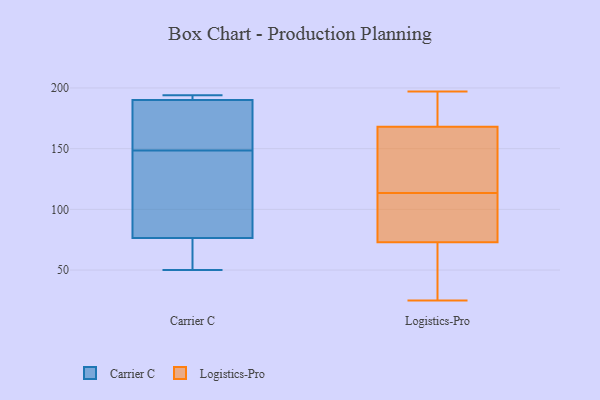
{"axis": {"x": "Tickets Resolved", "y": "Value"}, "legend": ["Carrier C", "Logistics-Pro"], "data": [{"x": "", "y": 74, "type": "Carrier C"}, {"x": "", "y": 50, "type": "Carrier C"}, {"x": "", "y": 190, "type": "Carrier C"}, {"x": "", "y": 193, "type": "Carrier C"}, {"x": "", "y": 194, "type": "Carrier C"}, {"x": "", "y": 138, "type": "Carrier C"}, {"x": "", "y": 144, "type": "Carrier C"}, {"x": "", "y": 79, "type": "Carrier C"}, {"x": "", "y": 169, "type": "Carrier C"}, {"x": "", "y": 58, "type": "Carrier C"}, {"x": "", "y": 59, "type": "Carrier C"}, {"x": "", "y": 153, "type": "Carrier C"}, {"x": "", "y": 108, "type": "Carrier C"}, {"x": "", "y": 190, "type": "Carrier C"}, {"x": "", "y": 193, "type": "Carrier C"}, {"x": "", "y": 156, "type": "Carrier C"}, {"x": "", "y": 73, "type": "Logistics-Pro"}, {"x": "", "y": 121, "type": "Logistics-Pro"}, {"x": "", "y": 128, "type": "Logistics-Pro"}, {"x": "", "y": 168, "type": "Logistics-Pro"}, {"x": "", "y": 197, "type": "Logistics-Pro"}, {"x": "", "y": 165, "type": "Logistics-Pro"}, {"x": "", "y": 106, "type": "Logistics-Pro"}, {"x": "", "y": 93, "type": "Logistics-Pro"}, {"x": "", "y": 26, "type": "Logistics-Pro"}, {"x": "", "y": 191, "type": "Logistics-Pro"}, {"x": "", "y": 51, "type": "Logistics-Pro"}, {"x": "", "y": 176, "type": "Logistics-Pro"}, {"x": "", "y": 104, "type": "Logistics-Pro"}, {"x": "", "y": 25, "type": "Logistics-Pro"}]}